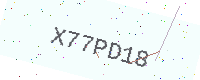
Text: X77PD18